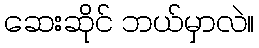
ဆေးဆိုင် ဘယ်မှာလဲ။